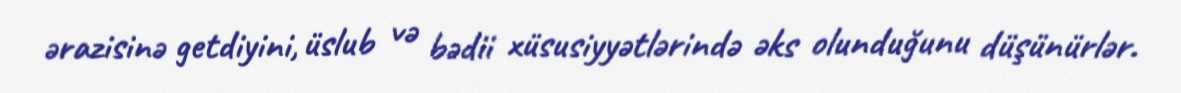
ərazisinə getdiyini, üslub və bədii xüsusiyyətlərində əks olunduğunu düşünürlər.